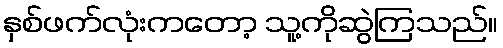
နှစ်ဖက်လုံးကတော့ သူ့ကိုဆွဲကြသည်။